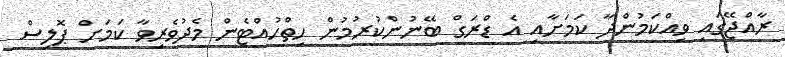
ރާއްޖޭގައި ވިއްކަމުންދާ ކަމަށާއި އެ ޑްރަގް ބޭނުންކުރުމުން ހިތްހުއްޓެން މެދުވެރިވާ ކަމަށް ޕޮލިސް